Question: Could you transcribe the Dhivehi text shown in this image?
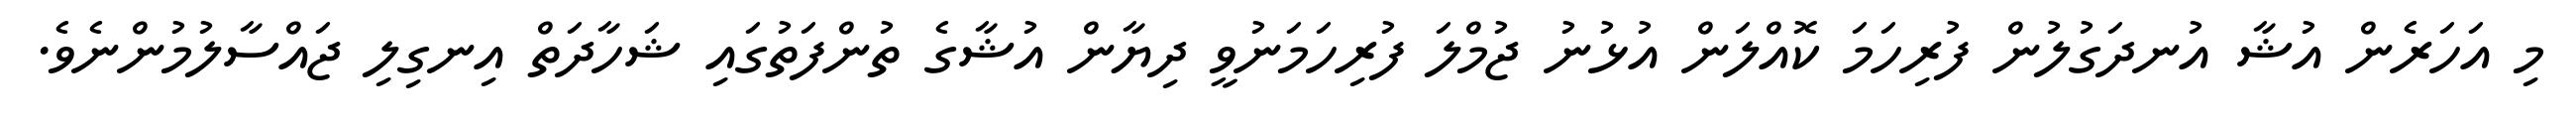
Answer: މި އަހަރެން އުޝާ އުނދަގުލުން ފުރިހަމަ ކޮއްލަން އުޅުނު ޖުމްލަ ފުރިހަމަނުވީ ދިޔާން އުޝާގެ ތުންފަތުގައި ޝަހާދަތް އިނގިލި ޖައްސާލުމުންނެވެ.